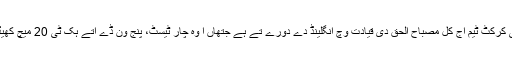
قومی کرکٹ ٹیم اج کل مصباح الحق دی قیادت وچ انگلینڈ دے دورے تے ہے جتھاں ا وہ چار ٹیسٹ، پنج ون ڈے اتے ہک ٹی 20 میچ کھیڈسی۔